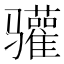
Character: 𬴐